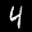
Label: 4